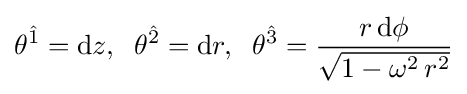
\theta ^{\hat {1}}=\mathrm {d} z,\;\;\theta ^{\hat {2}}=\mathrm {d} r,\;\;\theta ^{\hat {3}}={\frac {r\,\mathrm {d} \phi }{\sqrt {1-\omega ^{2}\,r^{2}}}}